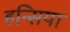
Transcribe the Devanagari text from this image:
हन्सिया